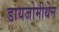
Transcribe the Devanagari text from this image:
डायजोमीथेन